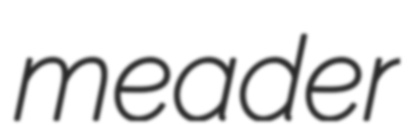
meader